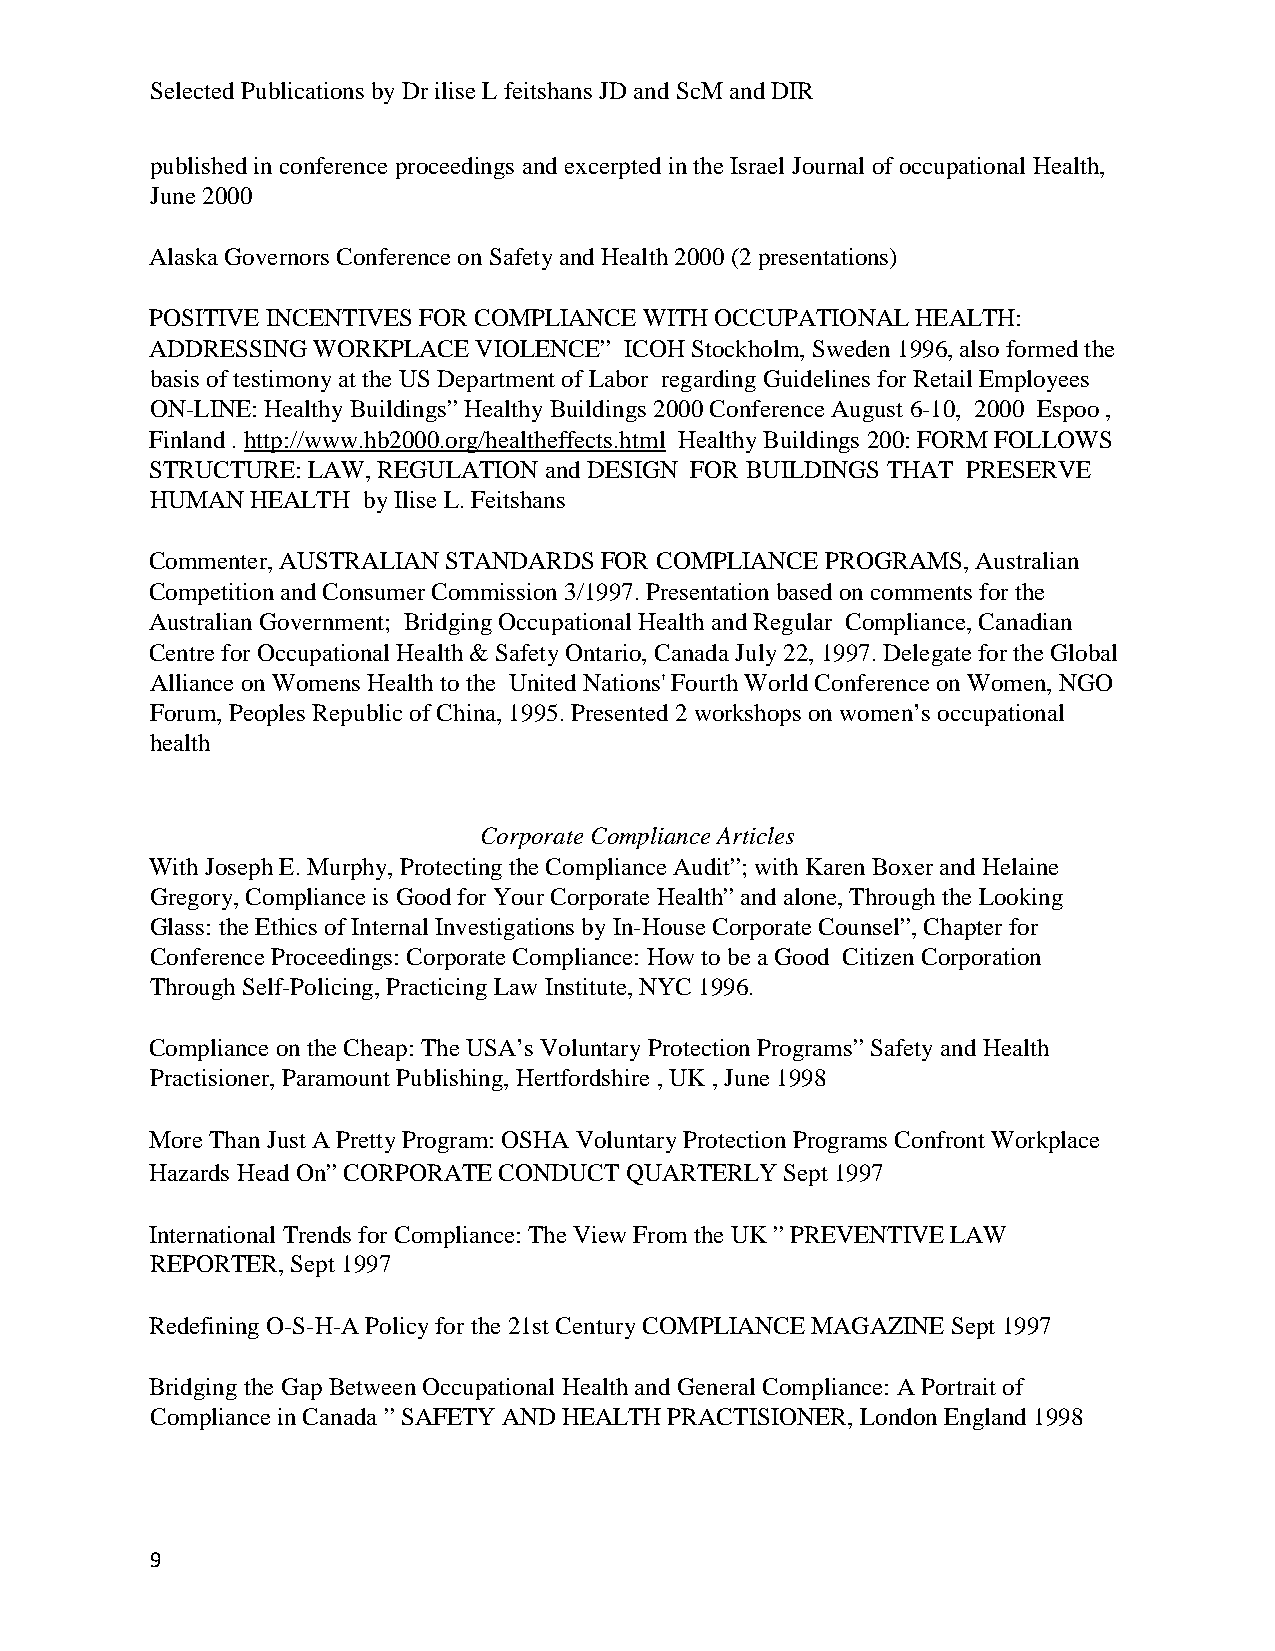
Selected Publications by Dr ilise L feitshans JD and ScM and DIR
 published in conference proceedings and excerpted in the Israel Journal of occupational Health,
 June 2000
 Alaska Governors Conference on Safety and Health 2000 (2 presentations)
 POSITIVE INCENTIVES FOR COMPLIANCE WITH OCCUPATIONAL HEALTH:
 ADDRESSING WORKPLACE VIOLENCE” ICOH Stockholm, Sweden 1996, also formed the
 basis of testimony at the US Department of Labor regarding Guidelines for Retail Employees
 ON-LINE: Healthy Buildings” Healthy Buildings 2000 Conference August 6-10, 2000 Espoo ,
 Finland . http://www.hb2000.org/healtheffects.html Healthy Buildings 200: FORM FOLLOWS
 STRUCTURE: LAW, REGULATION and DESIGN FOR BUILDINGS THAT PRESERVE
 HUMAN  HEALTH by Ilise L. Feitshans
 Commenter, AUSTRALIAN STANDARDS FOR COMPLIANCE PROGRAMS, Australian
 Competition and Consumer Commission 3/1997. Presentation based on comments for the
 Australian Government; Bridging Occupational Health and Regular Compliance, Canadian
 Centre for Occupational Health & Safety Ontario, Canada July 22, 1997. Delegate for the Global
 Alliance on Womens Health to the United Nations' Fourth World Conference on Women, NGO
 Forum, Peoples Republic of China, 1995. Presented 2 workshops on women’s occupational
 health
 Corporate Compliance Articles
 With Joseph E. Murphy, Protecting the Compliance Audit”; with Karen Boxer and Helaine
 Gregory, Compliance is Good for Your Corporate Health” and alone, Through the Looking
 Glass: the Ethics of Internal Investigations by In-House Corporate Counsel”, Chapter for
 Conference Proceedings: Corporate Compliance: How to be a Good Citizen Corporation
 Through Self-Policing, Practicing Law Institute, NYC 1996.
 Compliance on the Cheap: The USA’s Voluntary Protection Programs” Safety and Health
 Practisioner, Paramount Publishing, Hertfordshire , UK , June 1998
 More Than Just A Pretty Program: OSHA Voluntary Protection Programs Confront Workplace
 Hazards Head On” CORPORATE CONDUCT QUARTERLY Sept 1997
 International Trends for Compliance: The View From the UK ” PREVENTIVE LAW
 REPORTER, Sept 1997
 Redefining O-S-H-A Policy for the 21st Century COMPLIANCE MAGAZINE Sept 1997
 Bridging the Gap Between Occupational Health and General Compliance: A Portrait of
 Compliance in Canada ” SAFETY AND HEALTH PRACTISIONER, London England 1998
 9